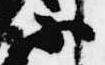
不